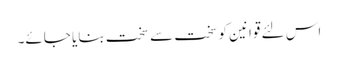
اس لئے قوانین کوسخت سے سخت بنایا جائے۔